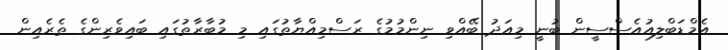
އެމްޑަބްލިއުއެސްސީން ބުނީ މިއަދު ބޭއްވި ނިންމުމުގެ ރަސްމިއްޔާތުގައި މި މުބާރާތުގައި ބައިވެރިންގެ ތެރެއިން